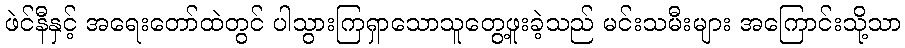
ဖဲင်နီနှင့် အရေးတော်ထဲတွင် ပါသွားကြရှာသောသူတွေ့ဖူးခဲ့သည် မင်းသမီးများ အကြောင်းသို့သာ